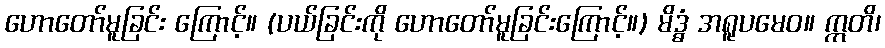
ဟောတော်မူခြင်း ကြောင့်။ (ပယ်ခြင်းကို ဟောတော်မူခြင်းကြောင့်။) မိဒ္ဓံ အရူပမေဝ။ ဣတိ၊